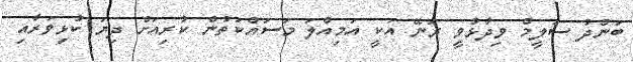
ބަންދު ސަލީމް ވިދާޅުވީ ރަނޭ އަކީ އަމިއްލަ މަސައްކަތުން ކުރިއަށް ދިޔަ ކުޅިވަރާއި